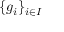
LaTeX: \{ g _ { i } \} _ { i \in I }